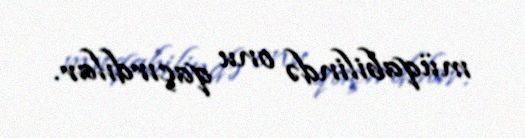
müqabilində onu qaçırdılar.